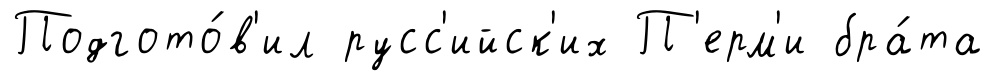
Подгото́в'ил русс'ийск'их П'ерм'и бра́та